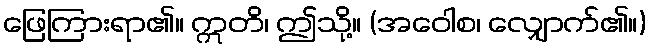
ဖြေကြားရာ၏။ ဣတိ၊ ဤသို့။ (အဝေါစ၊ လျှောက်၏။)